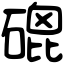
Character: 磇